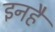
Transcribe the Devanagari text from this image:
इनहैं